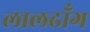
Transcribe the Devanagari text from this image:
लालढाँग